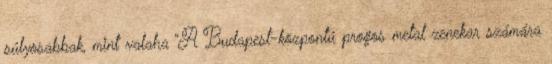
súlyosabbak, mint valaha “A Budapest-központú progos metal zenekar számára